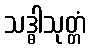
သဒ္ဓါသုတ္တံ